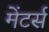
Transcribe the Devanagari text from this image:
मेंटर्स